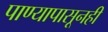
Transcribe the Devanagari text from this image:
पाण्यापासूनही